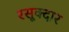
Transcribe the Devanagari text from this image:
रसूक्दार